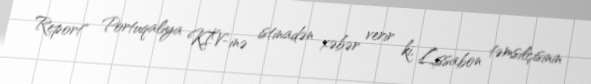
Report" Portuqaliya KİV-inə istinadən xəbər verir ki, Lissabon təmsilçisinin